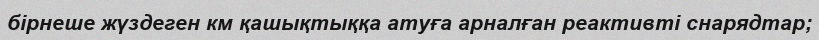
бірнеше жүздеген км қашықтыққа атуға арналған реактивті снарядтар;